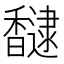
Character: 𮩮